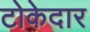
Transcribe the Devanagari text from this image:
टोकेदार